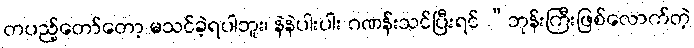
တပည့်တော်တော့ မသင်ခဲ့ရပါဘူး၊ နဲနဲပါးပါး ဂဏန်းသင်ပြီးရင် “ဘုန်းကြီးဖြစ်လောက်တဲ့